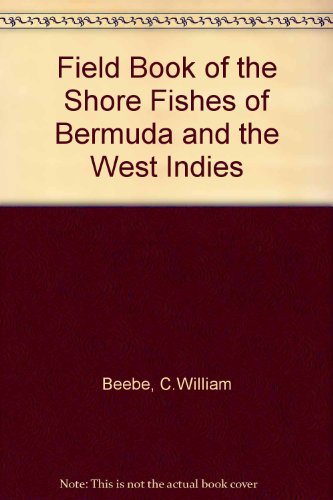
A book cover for Field Book of the Shore Fishes of Bermuda and the West Indies; C.William Beebe; Sports & Outdoors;